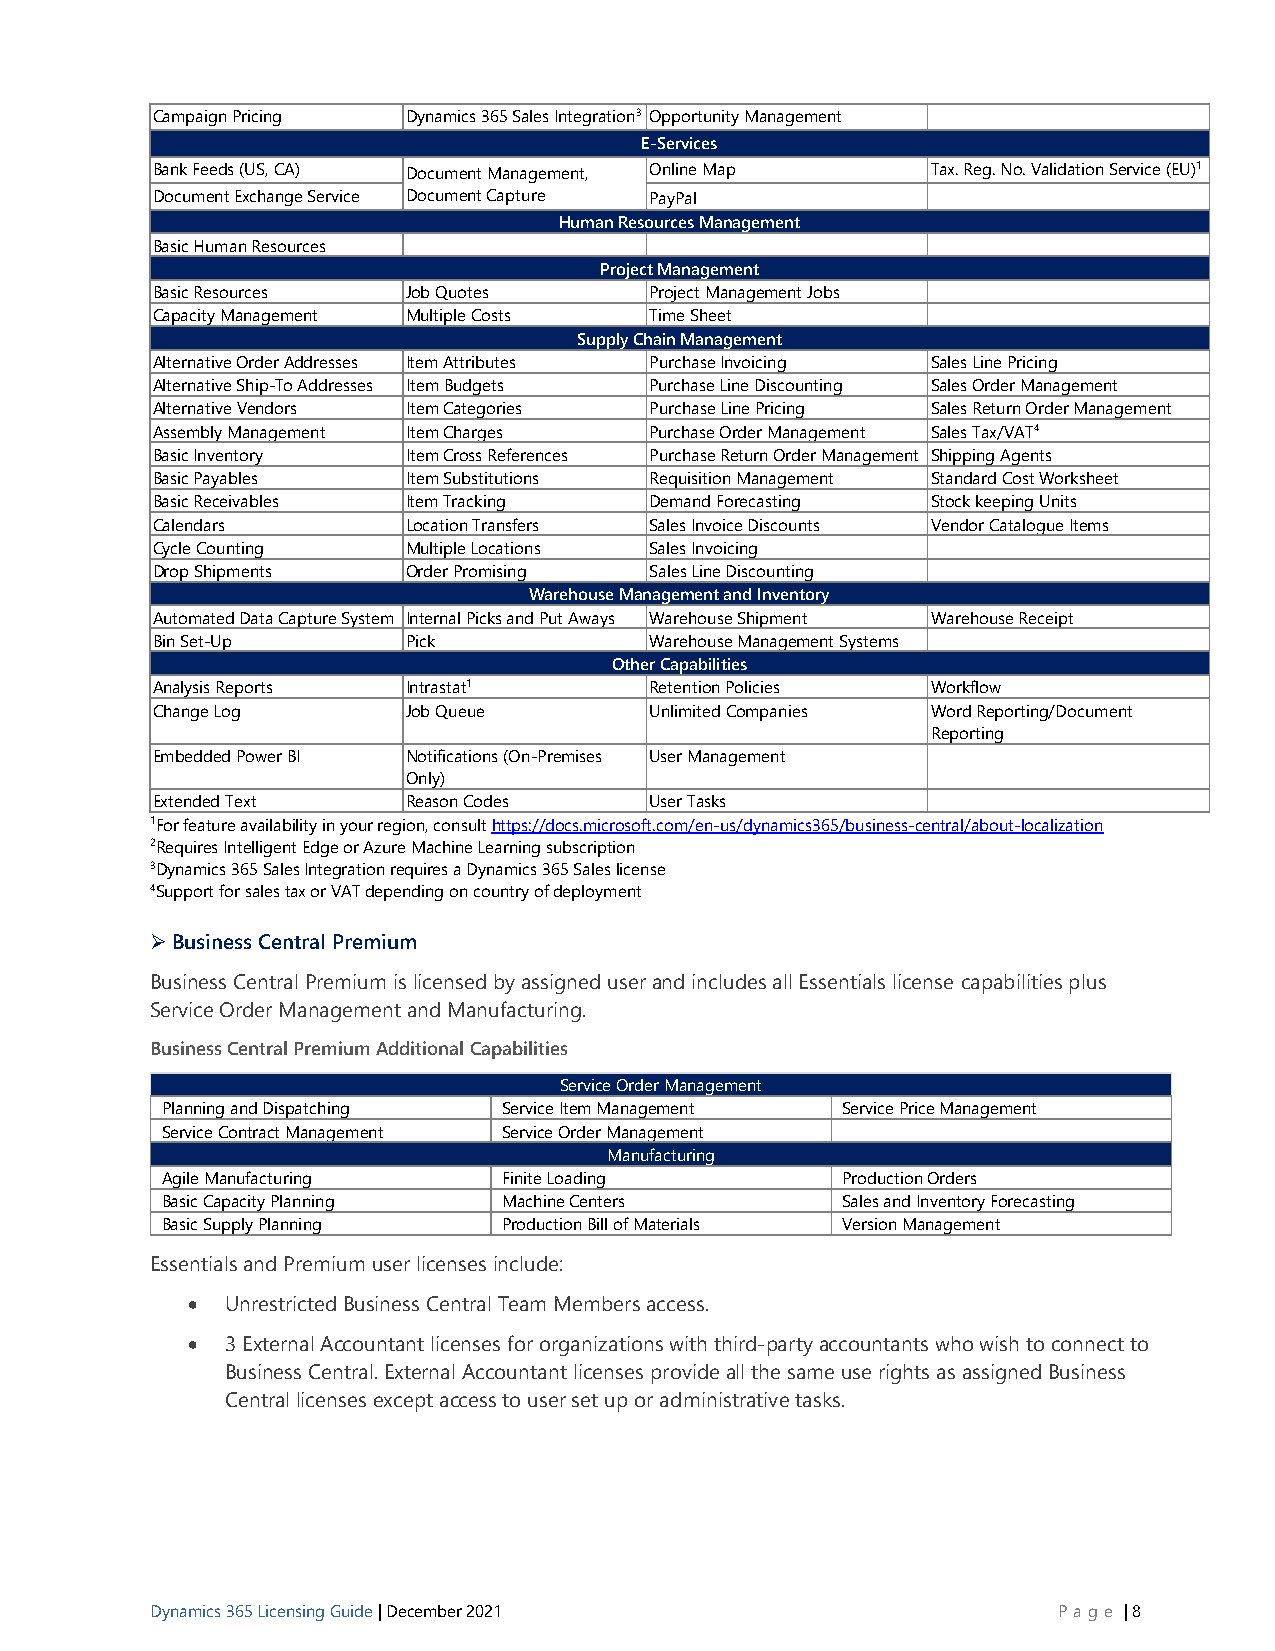
Campaign Pricing Dynamics 365 Sales Integration3 Opportunity Management
 E-Services
 Bank Feeds (US, CA) Document Management, Online Map Tax. Reg. No. Validation Service (EU)1
 Document Exchange Service Document Capture PayPal
 Human Resources Management
 Basic Human Resources
 Project Management
 Basic Resources  Job Quotes      Project Management Jobs
 Capacity Management Multiple Costs Time Sheet
 Supply Chain Management
 Alternative Order Addresses Item Attributes Purchase Invoicing Sales Line Pricing
 Alternative Ship-To Addresses Item Budgets Purchase Line Discounting Sales Order Management
 Alternative Vendors Item Categories Purchase Line Pricing Sales Return Order Management
 Assembly Management Item Charges Purchase Order Management Sales Tax/VAT4
 Basic Inventory  Item Cross References Purchase Return Order Management Shipping Agents
 Basic Payables   Item Substitutions Requisition Management Standard Cost Worksheet
 Basic Receivables Item Tracking  Demand Forecasting Stock keeping Units
 Calendars        Location Transfers Sales Invoice Discounts Vendor Catalogue Items
 Cycle Counting   Multiple Locations Sales Invoicing
 Drop Shipments   Order Promising Sales Line Discounting
 Warehouse Management and Inventory
 Automated Data Capture System Internal Picks and Put Aways Warehouse Shipment Warehouse Receipt
 Bin Set-Up       Pick            Warehouse Management Systems
 Other Capabilities
 Analysis Reports Intrastat1      Retention Policies Workflow
 Change Log       Job Queue       Unlimited Companies Word Reporting/Document
 Reporting
 Embedded Power BI Notifications (On-Premises User Management
 Only)
 Extended Text    Reason Codes    User Tasks
 1For feature availability in your region, consult https://docs.microsoft.com/en-us/dynamics365/business-central/about-localization
 2Requires Intelligent Edge or Azure Machine Learning subscription
 3Dynamics 365 Sales Integration requires a Dynamics 365 Sales license
 4Support for sales tax or VAT depending on country of deployment
 ➢ Business Central Premium
 Business Central Premium is licensed by assigned user and includes all Essentials license capabilities plus
 Service Order Management and Manufacturing.
 Business Central Premium Additional Capabilities
 Service Order Management
 Planning and Dispatching Service Item Management Service Price Management
 Service Contract Management Service Order Management
 Manufacturing
 Agile Manufacturing   Finite Loading         Production Orders
 Basic Capacity Planning Machine Centers      Sales and Inventory Forecasting
 Basic Supply Planning Production Bill of Materials Version Management
 Essentials and Premium user licenses include:
 •  Unrestricted Business Central Team Members access.
 •  3 External Accountant licenses for organizations with third-party accountants who wish to connect to
 Business Central. External Accountant licenses provide all the same use rights as assigned Business
 Central licenses except access to user set up or administrative tasks.
 Dynamics 365 Licensing Guide | December 2021                P age | 8